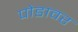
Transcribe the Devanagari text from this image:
पोडावर